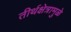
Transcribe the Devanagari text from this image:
तीर्थक्षेत्रामुळे